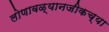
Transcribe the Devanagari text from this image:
लोणावळ्यानजीकच्या